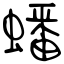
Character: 蟠